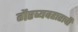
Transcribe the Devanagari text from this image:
गैरव्यवहाराची